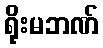
ရိုးမဘဏ်